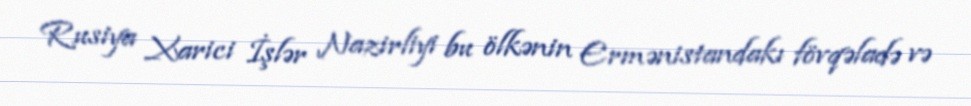
Rusiya Xarici İşlər Nazirliyi bu ölkənin Ermənistandakı fövqəladə və